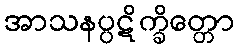
အာသနပ္ပဋိက္ခိတ္တော